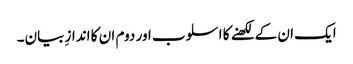
ایک ان کے لکھنے کا اسلوب اور دوم ان کا اندازِ بیان۔